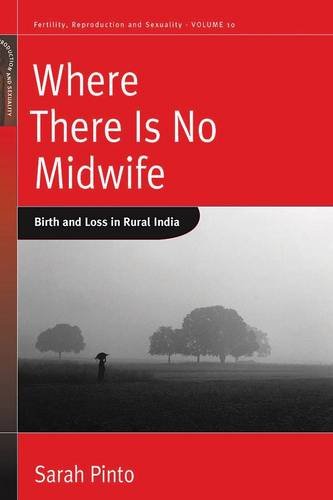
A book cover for Where There Is No Midwife: Birth and Loss in Rural India (Fertility, Reproduction, and Sexuality); Sarah Pinto; Medical Books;